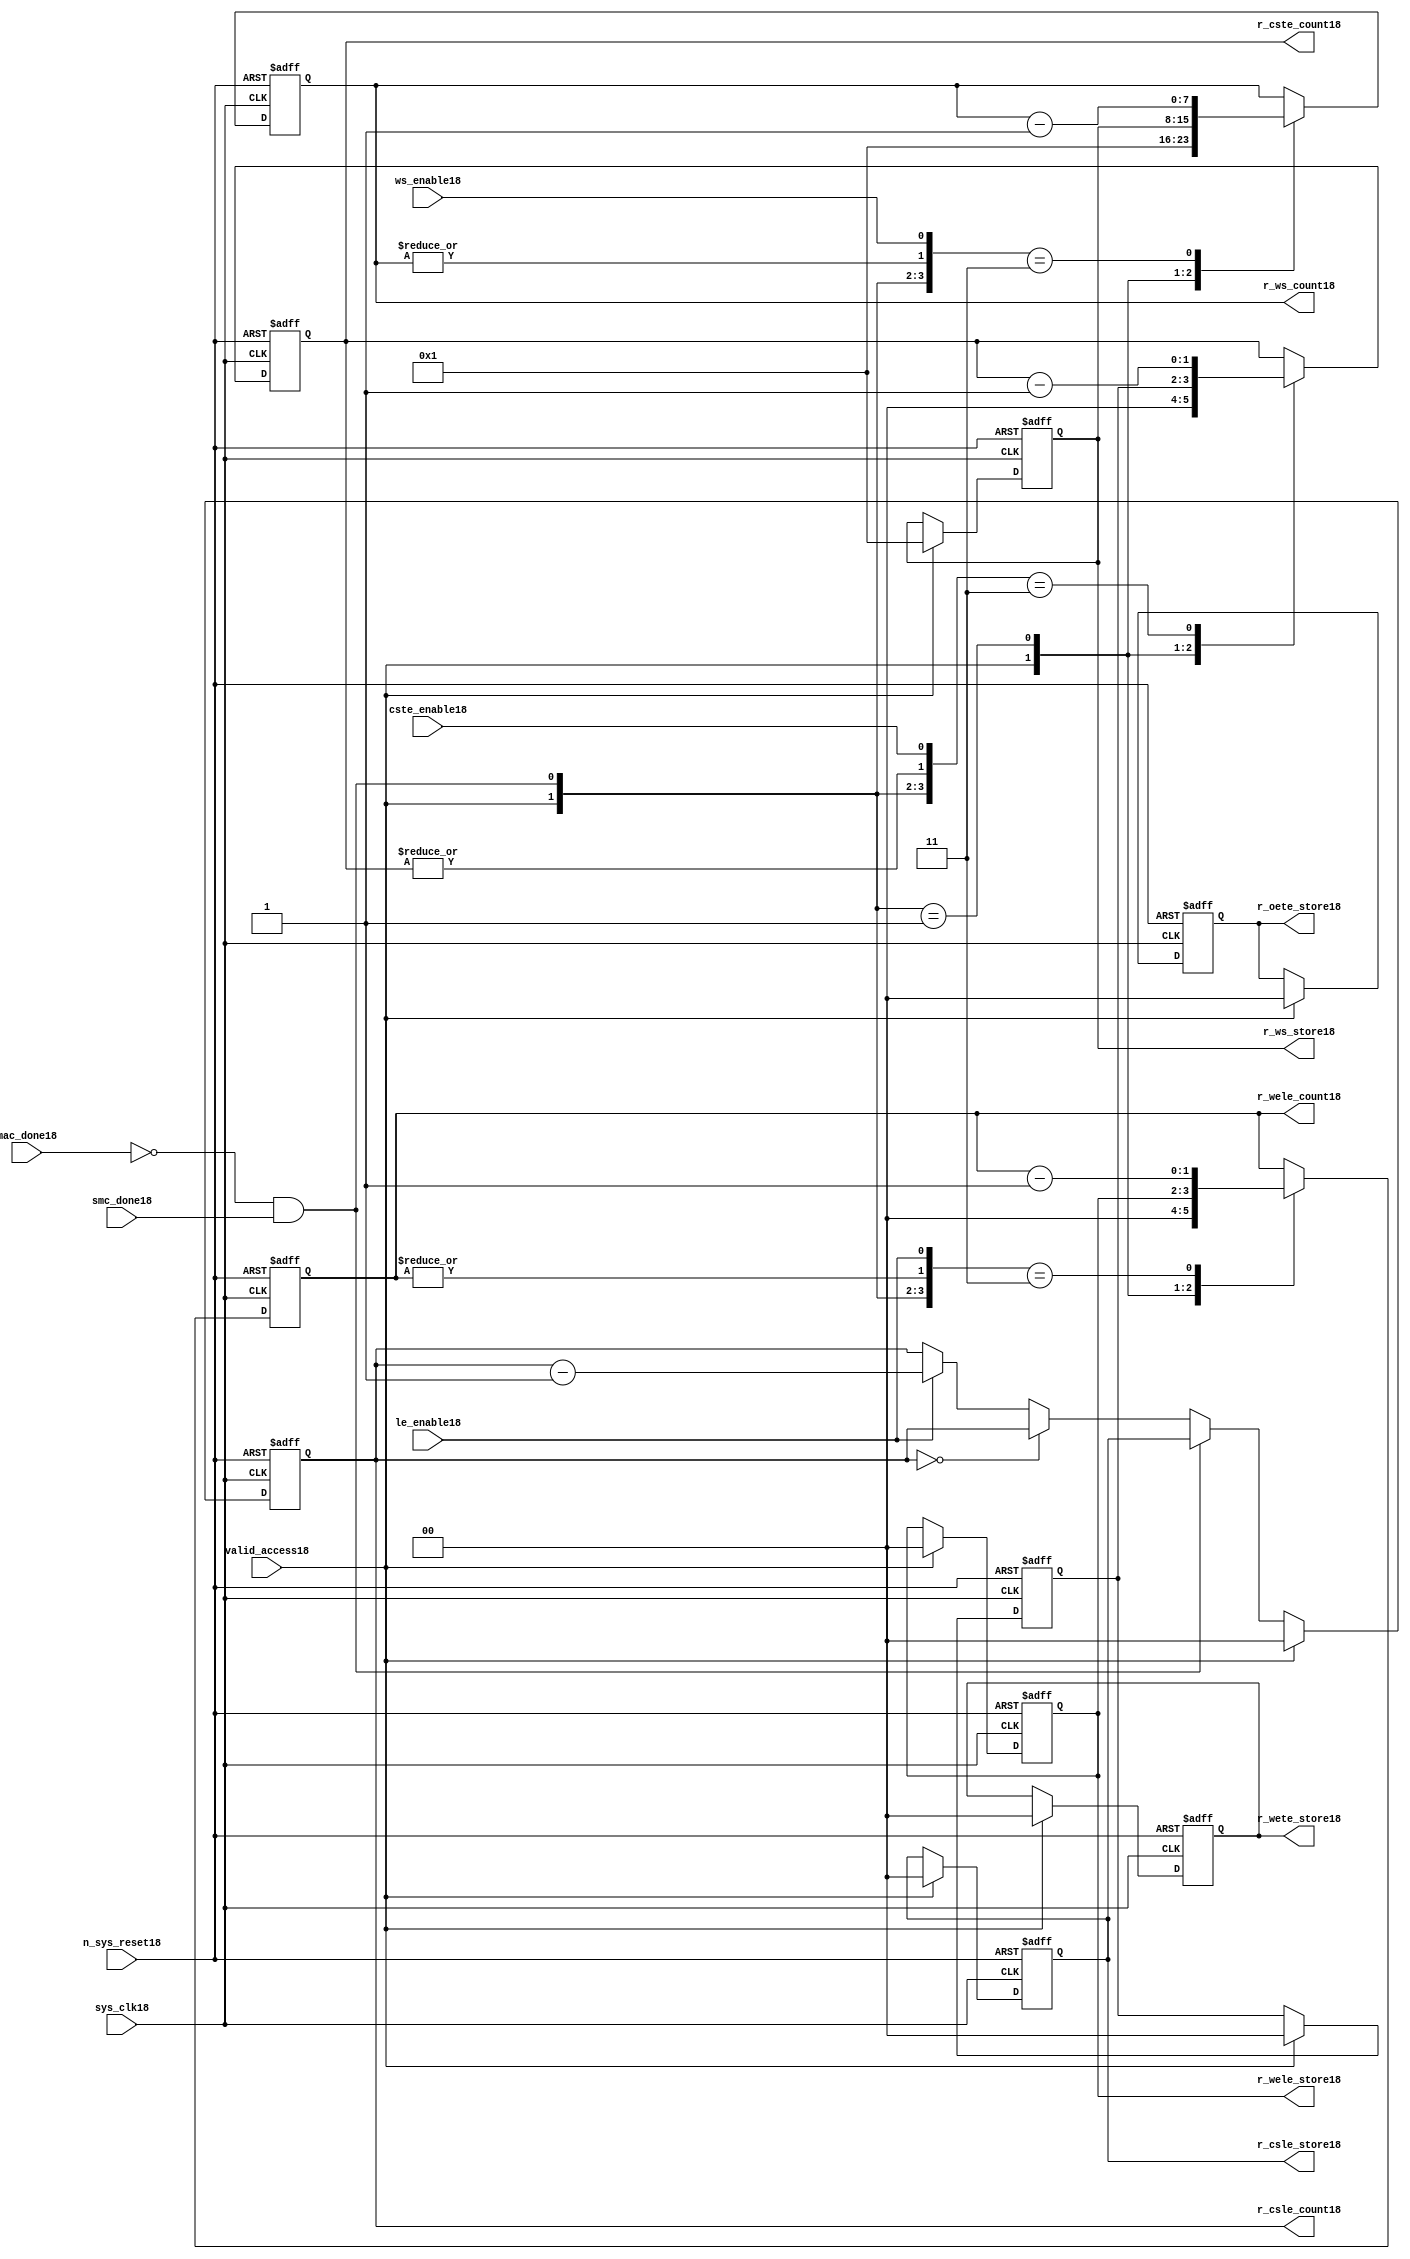
//File18 name   : smc_counter_lite18.v
//Title18       : 
//Created18     : 1999
//Description18 : Counter18 block.
//            : Static18 Memory Controller18.
//            : The counter block provides18 generates18 all cycle timings18
//            : The leading18 edge counts18 are individual18 2bit, loadable18,
//            : counters18. The wait state counter is a count down
//            : counter with a maximum size of 5 bits. The trailing18
//            : edge counts18 are registered for comparison18 with the
//            : wait state counter. The bus float18 (CSTE18) is a
//            : separate18 2bit counter. The initial count values are
//            : stored18 and reloaded18 into the counters18 if multiple
//            : accesses are required18.
//Notes18       : 
//----------------------------------------------------------------------
//   Copyright18 1999-2010 Cadence18 Design18 Systems18, Inc18.
//   All Rights18 Reserved18 Worldwide18
//
//   Licensed18 under the Apache18 License18, Version18 2.0 (the
//   "License18"); you may not use this file except18 in
//   compliance18 with the License18.  You may obtain18 a copy of
//   the License18 at
//
//       http18://www18.apache18.org18/licenses18/LICENSE18-2.0
//
//   Unless18 required18 by applicable18 law18 or agreed18 to in
//   writing, software18 distributed18 under the License18 is
//   distributed18 on an "AS18 IS18" BASIS18, WITHOUT18 WARRANTIES18 OR18
//   CONDITIONS18 OF18 ANY18 KIND18, either18 express18 or implied18.  See
//   the License18 for the specific18 language18 governing18
//   permissions18 and limitations18 under the License18.
//----------------------------------------------------------------------


module smc_counter_lite18  (
                     //inputs18

                     sys_clk18,
                     n_sys_reset18,
                     valid_access18,
                     mac_done18, 
                     smc_done18, 
                     cste_enable18, 
                     ws_enable18,
                     le_enable18, 

                     //outputs18

                     r_csle_count18,
                     r_wele_count18,
                     r_ws_count18,
                     r_ws_store18,
                     r_oete_store18,
                     r_wete_store18,
                     r_wele_store18,
                     r_cste_count18,
                     r_csle_store18);
   

//----------------------------------------------------------------------
// the Wait18 State18 Counter18
//----------------------------------------------------------------------
   
   
   // I18/O18
   
   input     sys_clk18;                  // AHB18 System18 clock18
   input     n_sys_reset18;              // AHB18 System18 reset (Active18 LOW18)
   
   input     valid_access18;             // load18 values are valid if high18
   input     mac_done18;                 // All cycles18 in a multiple access

   //  completed
   
   input                 smc_done18;   // one access completed
   input                 cste_enable18;// Enable18 CS18 Trailing18 Edge18 counter
   input                 ws_enable18;  // Enable18 Wait18 State18 counter
   input                 le_enable18;  // Enable18 all Leading18 Edge18 counters18
   
   // Counter18 outputs18
   
   output [1:0]             r_csle_count18;  //chip18 select18 leading18
                                             //  edge count
   output [1:0]             r_wele_count18;  //write strobe18 leading18 
                                             // edge count
   output [7:0] r_ws_count18;    //wait state count
   output [1:0]             r_cste_count18;  //chip18 select18 trailing18 
                                             // edge count
   
   // Stored18 counts18 for MAC18
   
   output [1:0]             r_oete_store18;  //read strobe18
   output [1:0]             r_wete_store18;  //write strobe18 trailing18 
                                              // edge store18
   output [7:0] r_ws_store18;    //wait state store18
   output [1:0]             r_wele_store18;  //write strobe18 leading18
                                             //  edge store18
   output [1:0]             r_csle_store18;  //chip18 select18  leading18
                                             //  edge store18
   
   
   // Counters18
   
   reg [1:0]             r_csle_count18;  // Chip18 select18 LE18 counter
   reg [1:0]             r_wele_count18;  // Write counter
   reg [7:0] r_ws_count18;    // Wait18 state select18 counter
   reg [1:0]             r_cste_count18;  // Chip18 select18 TE18 counter
   
   
   // These18 strobes18 finish early18 so no counter is required18. 
   // The stored18 value is compared with WS18 counter to determine18 
   // when the strobe18 should end.

   reg [1:0]    r_wete_store18;    // Write strobe18 TE18 end time before CS18
   reg [1:0]    r_oete_store18;    // Read strobe18 TE18 end time before CS18
   
   
   // The following18 four18 regisrers18 are used to store18 the configuration
   // during mulitple18 accesses. The counters18 are reloaded18 from these18
   // registers before each cycle.
   
   reg [1:0]             r_csle_store18;    // Chip18 select18 LE18 store18
   reg [1:0]             r_wele_store18;    // Write strobe18 LE18 store18
   reg [7:0] r_ws_store18;      // Wait18 state store18
   reg [1:0]             r_cste_store18;    // Chip18 Select18 TE18 delay
                                          //  (Bus18 float18 time)

   // wires18 used for meeting18 coding18 standards18
   
   wire         ws_count18;      //ORed18 r_ws_count18
   wire         wele_count18;    //ORed18 r_wele_count18
   wire         cste_count18;    //ORed18 r_cste_count18
   wire         mac_smc_done18;  //ANDed18 smc_done18 and not(mac_done18)
   wire [4:0]   case_cste18;     //concatenated18 signals18 for case statement18
   wire [4:0]   case_wele18;     //concatenated18 signals18 for case statement18
   wire [4:0]   case_ws18;       //concatenated18 signals18 for case statement18
   
   
   
   // Main18 Code18
   
//----------------------------------------------------------------------
// Counters18 (& Count18 Store18 for MAC18)
//----------------------------------------------------------------------


//----------------------------------------------------------------------
// WETE18 Store18
//----------------------------------------------------------------------

always @(posedge sys_clk18 or negedge n_sys_reset18)

begin   

   if (~(n_sys_reset18))
     
      r_wete_store18 <= 2'b00;
   
   
   else if (valid_access18)
     
      r_wete_store18 <= 2'b0;
   
   else
     
      r_wete_store18 <= r_wete_store18;

end
   
//----------------------------------------------------------------------
// OETE18 Store18
//----------------------------------------------------------------------

always @(posedge sys_clk18 or negedge n_sys_reset18)

begin   

   if (~(n_sys_reset18))
     
      r_oete_store18 <= 2'b00;
   
   
   else if (valid_access18)
     
      r_oete_store18 <= 2'b0;
   
   else

      r_oete_store18 <= r_oete_store18;

end
   
//----------------------------------------------------------------------
// CSLE18 Store18
//----------------------------------------------------------------------

always @(posedge sys_clk18 or negedge n_sys_reset18)

begin   

   if (~(n_sys_reset18))
     
      r_csle_store18 <= 2'b00;
   
   
   else if (valid_access18)
     
      r_csle_store18 <= 2'b00;
   
   else
     
      r_csle_store18 <= r_csle_store18;

end
   
//----------------------------------------------------------------------
// CSLE18 Counter18
//----------------------------------------------------------------------

always @(posedge sys_clk18 or negedge n_sys_reset18)

begin   

   if (~(n_sys_reset18))
     
      r_csle_count18 <= 2'b00;
   
   
   else
   begin
        
      if (valid_access18)
        
         r_csle_count18 <= 2'b00;
      
      else if (~(mac_done18) & smc_done18)
        
         r_csle_count18 <= r_csle_store18;
      
      else if (r_csle_count18 == 2'b00)
        
         r_csle_count18 <= r_csle_count18;
      
      else if (le_enable18)               
        
         r_csle_count18 <= r_csle_count18 - 2'd1;
      
      else
        
          r_csle_count18 <= r_csle_count18;
      
     end

end
   
   
//----------------------------------------------------------------------
// CSTE18 Store18
//----------------------------------------------------------------------

always @(posedge sys_clk18 or negedge n_sys_reset18)

begin   

   if (~(n_sys_reset18))

      r_cste_store18 <= 2'b00;

   else if (valid_access18)

      r_cste_store18 <= 2'b0;

   else

      r_cste_store18 <= r_cste_store18;

end
   
   
   
//----------------------------------------------------------------------
//concatenation18 of signals18 to avoid using nested18 ifs18
//----------------------------------------------------------------------

 assign mac_smc_done18 = (~(mac_done18) & smc_done18);
 assign cste_count18   = (|r_cste_count18);           //checks18 for count = 0
 assign case_cste18   = {1'b0,valid_access18,mac_smc_done18,cste_count18,
                       cste_enable18};
   
//----------------------------------------------------------------------
//CSTE18 COUNTER18
//----------------------------------------------------------------------

always @(posedge sys_clk18 or negedge n_sys_reset18)

begin   

   if (~(n_sys_reset18))

      r_cste_count18 <= 2'b00;

   else 
   begin
      casex(case_cste18)
           
        5'b1xxxx:        r_cste_count18 <= r_cste_count18;

        5'b01xxx:        r_cste_count18 <= 2'b0;

        5'b001xx:        r_cste_count18 <= r_cste_store18;

        5'b0000x:        r_cste_count18 <= r_cste_count18;

        5'b00011:        r_cste_count18 <= r_cste_count18 - 2'd1;

        default :        r_cste_count18 <= r_cste_count18;

      endcase // casex(w_cste_case18)
      
   end
   
end

//----------------------------------------------------------------------
// WELE18 Store18
//----------------------------------------------------------------------

always @(posedge sys_clk18 or negedge n_sys_reset18)

begin   

   if (~(n_sys_reset18))

      r_wele_store18 <= 2'b00;


   else if (valid_access18)

      r_wele_store18 <= 2'b00;

   else

      r_wele_store18 <= r_wele_store18;

end
   
   
   
//----------------------------------------------------------------------
//concatenation18 of signals18 to avoid using nested18 ifs18
//----------------------------------------------------------------------
   
   assign wele_count18   = (|r_wele_count18);         //checks18 for count = 0
   assign case_wele18   = {1'b0,valid_access18,mac_smc_done18,wele_count18,
                         le_enable18};
   
//----------------------------------------------------------------------
// WELE18 Counter18
//----------------------------------------------------------------------

always @(posedge sys_clk18 or negedge n_sys_reset18)

begin   
   if (~(n_sys_reset18))

      r_wele_count18 <= 2'b00;

   else
   begin

      casex(case_wele18)

        5'b1xxxx :  r_wele_count18 <= r_wele_count18;

        5'b01xxx :  r_wele_count18 <= 2'b00;

        5'b001xx :  r_wele_count18 <= r_wele_store18;

        5'b0000x :  r_wele_count18 <= r_wele_count18;

        5'b00011 :  r_wele_count18 <= r_wele_count18 - (2'd1);

        default  :  r_wele_count18 <= r_wele_count18;

      endcase // casex(case_wele18)

   end

end
   
//----------------------------------------------------------------------
// WS18 Store18
//----------------------------------------------------------------------

always @(posedge sys_clk18 or negedge n_sys_reset18)
  
begin   

   if (~(n_sys_reset18))

      r_ws_store18 <= 8'd0;


   else if (valid_access18)

      r_ws_store18 <= 8'h01;

   else

      r_ws_store18 <= r_ws_store18;

end
   
   
   
//----------------------------------------------------------------------
//concatenation18 of signals18 to avoid using nested18 ifs18
//----------------------------------------------------------------------
   
   assign ws_count18   = (|r_ws_count18); //checks18 for count = 0
   assign case_ws18   = {1'b0,valid_access18,mac_smc_done18,ws_count18,
                       ws_enable18};
   
//----------------------------------------------------------------------
// WS18 Counter18
//----------------------------------------------------------------------

always @(posedge sys_clk18 or negedge n_sys_reset18)

begin   

   if (~(n_sys_reset18))

      r_ws_count18 <= 8'd0;

   else  
   begin
   
      casex(case_ws18)
 
         5'b1xxxx :  
            r_ws_count18 <= r_ws_count18;
        
         5'b01xxx :
            r_ws_count18 <= 8'h01;
        
         5'b001xx :  
            r_ws_count18 <= r_ws_store18;
        
         5'b0000x :  
            r_ws_count18 <= r_ws_count18;
        
         5'b00011 :  
            r_ws_count18 <= r_ws_count18 - 8'd1;
        
         default  :  
            r_ws_count18 <= r_ws_count18;

      endcase // casex(case_ws18)
      
   end
   
end  
   
   
endmodule